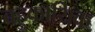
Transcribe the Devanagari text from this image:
बहुकायिक